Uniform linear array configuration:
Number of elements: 24
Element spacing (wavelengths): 1
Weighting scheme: binomial
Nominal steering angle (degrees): -45
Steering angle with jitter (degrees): -43.663
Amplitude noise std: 0.05
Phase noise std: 0.05

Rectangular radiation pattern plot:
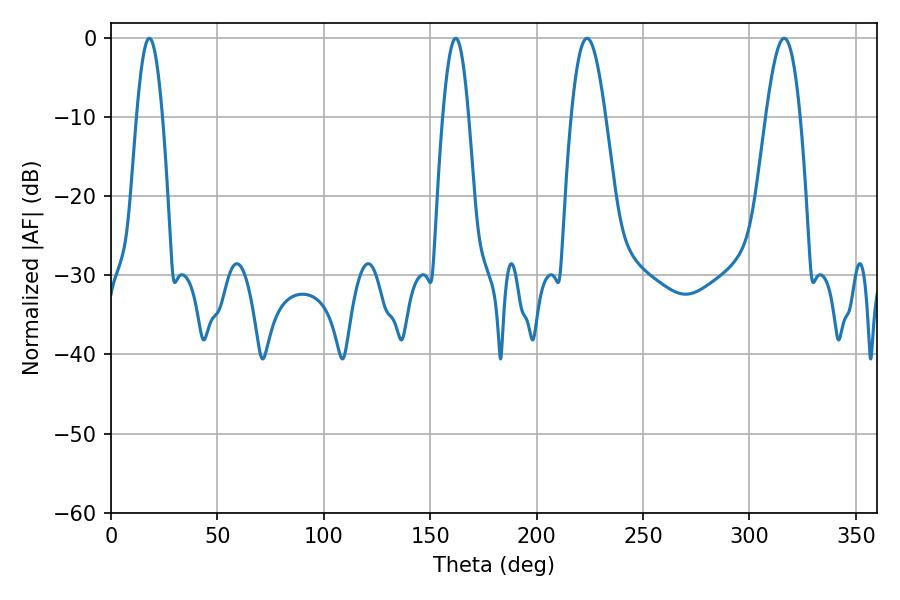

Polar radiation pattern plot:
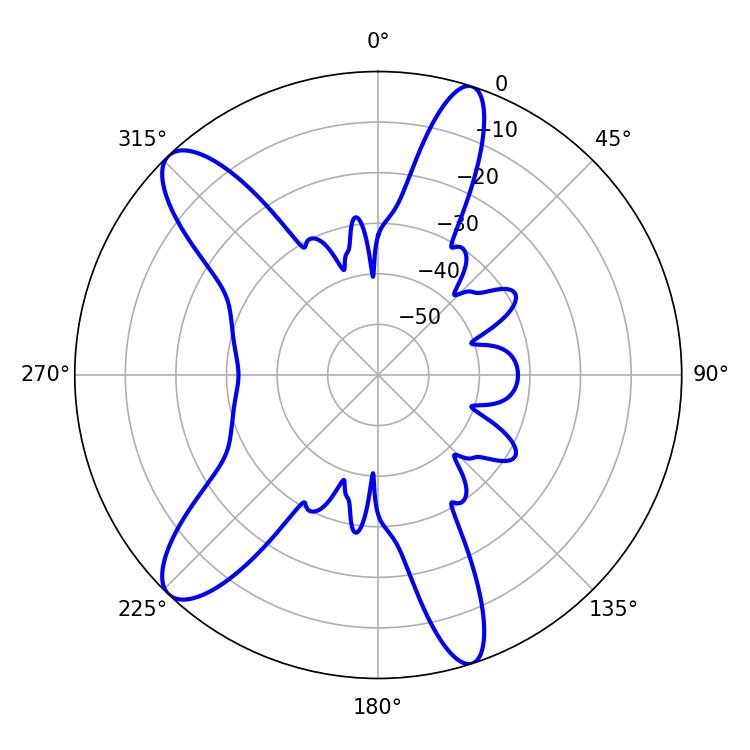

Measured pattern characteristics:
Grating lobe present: TRUE
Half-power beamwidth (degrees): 6.48
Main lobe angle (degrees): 18